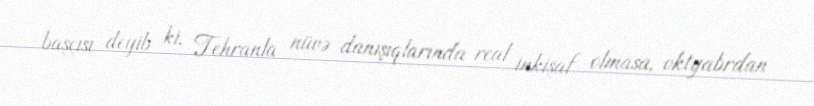
başçısı deyib ki, Tehranla nüvə danışıqlarında real inkişaf olmasa, oktyabrdan